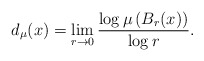
\begin{align*}d _\mu (x) =\lim _{r \rightarrow 0} \frac{\log \mu \left( B _r (x) \right)}{\log r} .\end{align*}